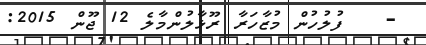
-   ފުލުހުން މުޒާހަރާ ރޫޅާލުންމާލެ 12 ޖޫން 2015: